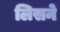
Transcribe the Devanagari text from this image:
लिसने